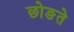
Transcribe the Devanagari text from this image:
छोङते